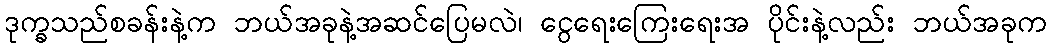
ဒုက္ခသည်စခန်းနဲ့က ဘယ်အခုနဲ့အဆင်ပြေမလဲ၊ ငွေရေးကြေးရေးအ ပိုင်းနဲ့လည်း ဘယ်အခုက